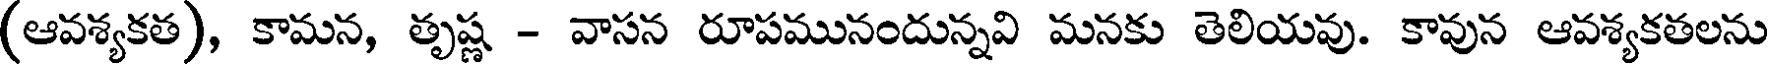
(ఆవశ్యకత), కామన, తృష్ణ - వాసన రూపమునందున్నవి మనకు తెలియవు. కావున ఆవశ్యకతలను